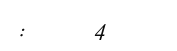
:     4